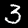
Digit: 3